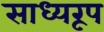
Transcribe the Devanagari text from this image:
साध्यरूप